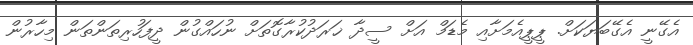
އެގޭނީ އެގޭބަޔަކަށް. ޕީޕީއެމަށާއި މެޑަމް އަށް ސީދާ ޚަރަދުކުރާގޮތަށް ނުހައްގުން ދީފަހުރިތަންތަން މިހާރުން